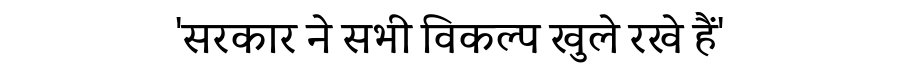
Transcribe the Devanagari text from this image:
'सरकार ने सभी विकल्प खुले रखे हैं'